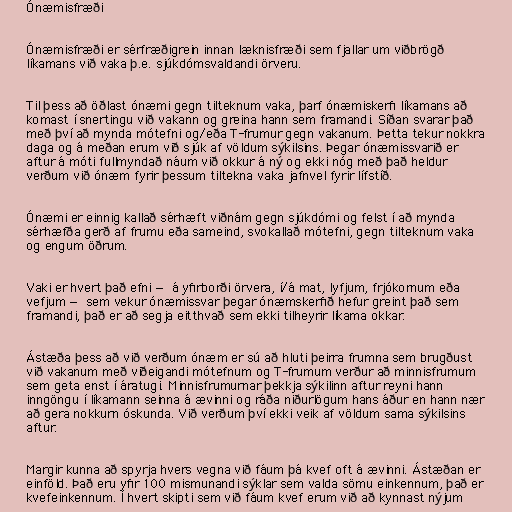
Ónæmisfræði

Ónæmisfræði er sérfræðigrein innan læknisfræði sem fjallar um viðbrögð
líkamans við vaka þ.e. sjúkdómsvaldandi örveru.

Til þess að öðlast ónæmi gegn tilteknum vaka, þarf ónæmiskerfi líkamans að
komast í snertingu við vakann og greina hann sem framandi. Síðan svarar það
með því að mynda mótefni og/eða T-frumur gegn vakanum. Þetta tekur nokkra
daga og á meðan erum við sjúk af völdum sýkilsins. Þegar ónæmissvarið er
aftur á móti fullmyndað náum við okkur á ný og ekki nóg með það heldur
verðum við ónæm fyrir þessum tiltekna vaka jafnvel fyrir lífstíð.

Ónæmi er einnig kallað sérhæft viðnám gegn sjúkdómi og felst í að mynda
sérhæfða gerð af frumu eða sameind, svokallað mótefni, gegn tilteknum vaka
og engum öðrum.

Vaki er hvert það efni — á yfirborði örvera, í/á mat, lyfjum, frjókornum eða
vefjum — sem vekur ónæmissvar þegar ónæmskerfið hefur greint það sem
framandi, það er að segja eitthvað sem ekki tilheyrir líkama okkar.

Ástæða þess að við verðum ónæm er sú að hluti þeirra frumna sem brugðust
við vakanum með viðeigandi mótefnum og T-frumum verður að minnisfrumum
sem geta enst í áratugi. Minnisfrumurnar þekkja sýkilinn aftur reyni hann
inngöngu í líkamann seinna á ævinni og ráða niðurlögum hans áður en hann nær
að gera nokkurn óskunda. Við verðum því ekki veik af völdum sama sýkilsins
aftur.

Margir kunna að spyrja hvers vegna við fáum þá kvef oft á ævinni. Ástæðan er
einföld. Það eru yfir 100 mismunandi sýklar sem valda sömu einkennum, það er
kvefeinkennum. Í hvert skipti sem við fáum kvef erum við að kynnast nýjum